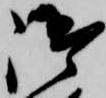
御